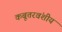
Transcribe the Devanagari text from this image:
कबूतरवंशीय